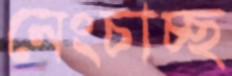
নেংচাচ্ছ